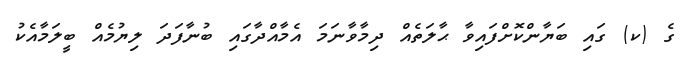
ގެ (ކ) ގައި ބަޔާންކޮށްފައިވާ ޙާލަތެއް ދިމާވާނަމަ އެމާއްދާގައި ބުނާފަދަ ލިޔުމެއް ބީލަމާއެކު